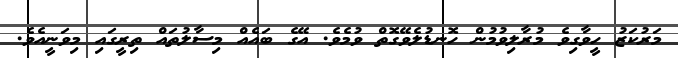
މަރުކަޒު ހީވާގިވެ މުރާލިވުމުން ހޮނޑުލެވޭގޮތް ވުމެވެ. އޭގެ ބައެއް މިސާލުތައް ތިރީގައި މިވަނީއެވެ.